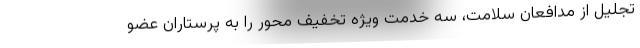
تجلیل از مدافعان سلامت، سه خدمت ویژه تخفیف محور را به پرستاران عضو